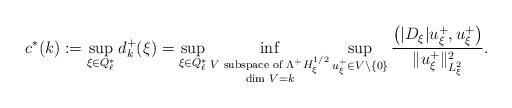
LaTeX: \begin{align*}c^*(k):=\sup_{\xi\in Q_\ell^*}d^+_k(\xi)=\sup_{\xi\in Q_\ell^*}\inf_{\substack{V\textrm{ subspace of } \Lambda^+ H^{1/2}_\xi\\ \textrm{dim }V=k}}\sup_{u^+_\xi\in V\setminus\{0\}}\frac{\left(|D_\xi|u^+_\xi,u_\xi^+\right)}{\|u^+_\xi\|^2_{L_\xi^{2}}}.\end{align*}